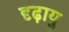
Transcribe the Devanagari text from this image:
दृढ़ायु